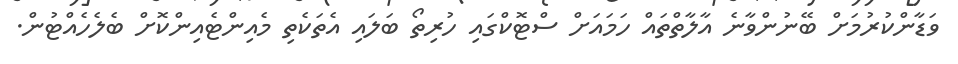
ވަޑާންކުރުމަށް ބޭނުންވާނެ އާލާތްތައް ހަމައަށް ސްޓޮކްގައި ހުރިތޯ ބަލައި އެތަކެތި މެއިންޓެއިންކޮށް ބެލެހެއްޓުން.